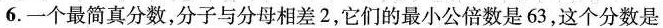
6.一个最简真分数，分子与分母相差2，它们的最小公倍数是63，这个分数是